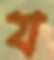
য